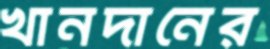
খানদানের